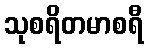
သုစရိတမာစရီ